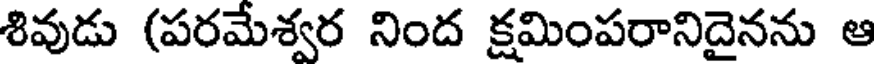
శివుడు (పరమేశ్వర నింద క్షమింపరానిదైనను ఆ